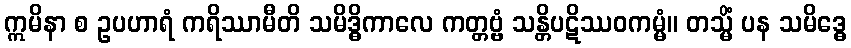
ဣမိနာ စ ဥပဟာရံ ကရိဿာမီတိ သမိဒ္ဓိကာလေ ကတ္တဗ္ဗံ သန္တိပဋိဿဝကမ္မံ။ တသ္မိံ ပန သမိဒ္ဓေ